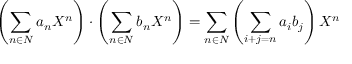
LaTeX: \left( \sum _ { n \in N } a _ { n } X ^ { n } \right) \cdot \left( \sum _ { n \in N } b _ { n } X ^ { n } \right) = \sum _ { n \in N } \left( \sum _ { i + j = n } a _ { i } b _ { j } \right) X ^ { n }